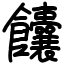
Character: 饢